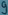
Text: 9